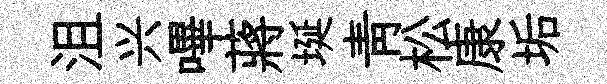
沮兴嗶蔣埏青松康垢